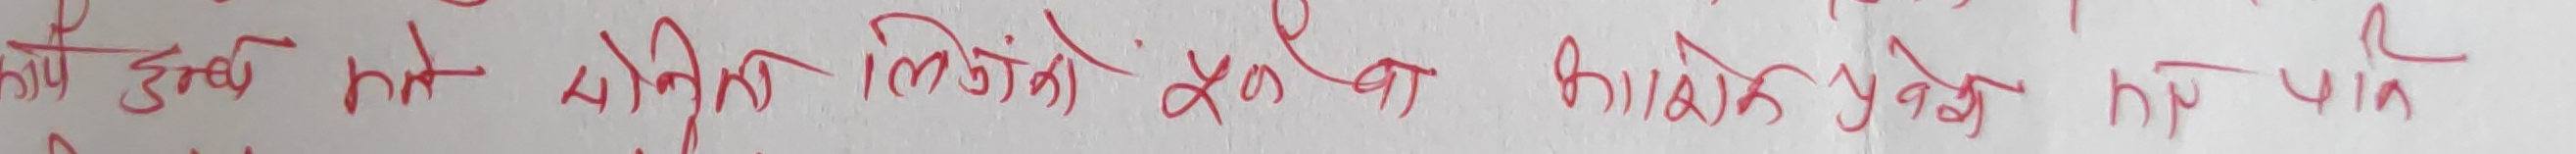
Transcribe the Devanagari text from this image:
कुनै हुन्न व्यक्तिगत लिंकहरूको संरक्षण आवश्यक पर्दैन पनि